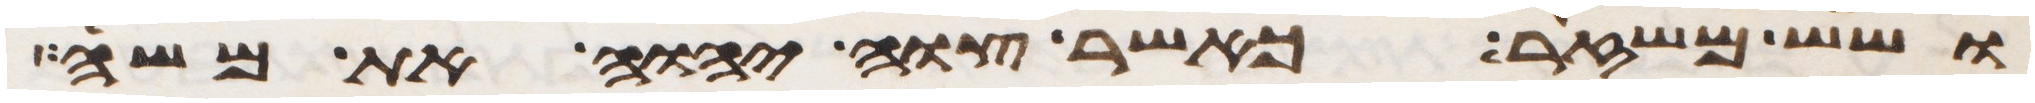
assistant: ושש משזר כאשר צוה יהוה את משה